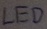
Text: LED